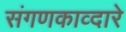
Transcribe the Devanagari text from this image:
संगणकाव्दारे